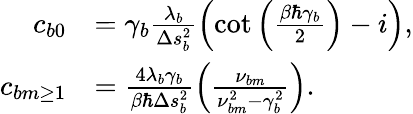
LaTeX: \begin{array}{rl}{c_{b0}}&{=\gamma_{b}\frac{\lambda_{b}}{\Delta s_{b}^{2}}\left(\cot\left(\frac{\beta\hbar\gamma_{b}}{2}\right)-i\right),}\\ {c_{bm\ge 1}}&{=\frac{4\lambda_{b}\gamma_{b}}{\beta\hbar\Delta s_{b}^{2}}\left(\frac{\nu_{bm}}{\nu_{bm}^{2}-\gamma_{b}^{2}}\right).}\end{array}